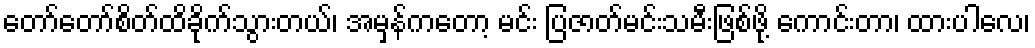
တော်တော်စိတ်ထိခိုက်သွားတယ်၊ အမှန်ကတော့ မင်း ပြဇာတ်မင်းသမီးဖြစ်ဖို့ ကောင်းတာ၊ ထားပါလေ၊